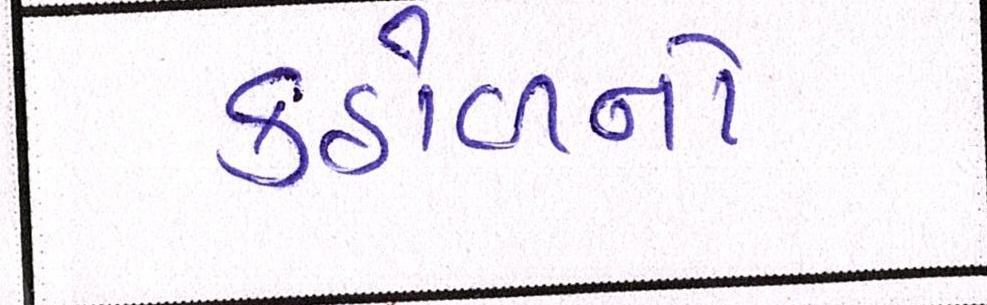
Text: કઠોળનો